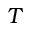
T